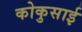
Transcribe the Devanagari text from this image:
कोकुसाई